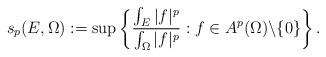
LaTeX: \begin{align*} s_p(E,\Omega):=\sup\left\{\frac{\int_E |f|^p}{\int_\Omega |f|^p}: f\in A^p(\Omega)\backslash \{0\}\right\}.\end{align*}